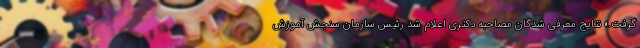
گرفت.» نتایج معرفی شدگان مصاحبه دکتری اعلام شد رئیس سازمان سنجش آموزش